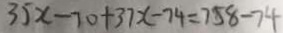
3 5 x - 7 0 + 3 7 x - 7 4 = 7 5 8 - 7 4